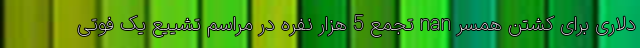
دلاری برای کشتن همسر nan تجمع 5 هزار نفره در مراسم تشییع یک فوتی